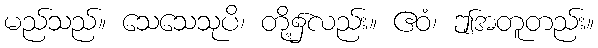
မည်သည်။ သေသေသုပိ၊ တို့၌လည်း။ ဧဝံ၊ ဤအတူတည်း။